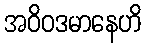
အဝိဝဒမာနေဟိ